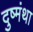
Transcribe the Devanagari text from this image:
दुष्मंथा